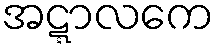
အဋ္ဋာလကေ